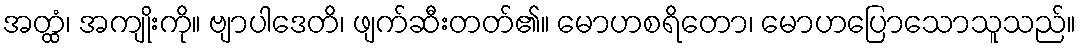
အတ္ထံ၊ အကျိုးကို။ ဗျာပါဒေတိ၊ ဖျက်ဆီးတတ်၏။ မောဟစရိတော၊ မောဟပြောသောသူသည်။